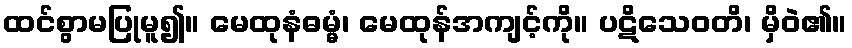
ထင်စွာမပြုမူ၍။ မေထုနံဓမ္မံ၊ မေထုန်အကျင့်ကို။ ပဋိသေဝတိ၊ မှိဝဲ၏။